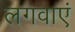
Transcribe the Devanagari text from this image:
लगवाएं